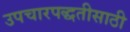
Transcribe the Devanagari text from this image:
उपचारपद्धतीसाठी